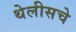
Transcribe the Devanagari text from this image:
थेलीसचे